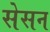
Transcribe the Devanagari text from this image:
सेसन